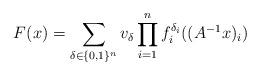
LaTeX: \begin{align*}F(x)=\sum_{\delta\in\{0,1\}^{n}}v_{\delta}\prod_{i=1}^{n}f_{i}^{\delta_{i}}((A^{-1}x)_{i})\end{align*}